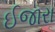
ઈજારા